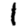
Digit: 1